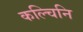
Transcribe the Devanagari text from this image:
कल्चिनि